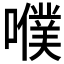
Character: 𡂈